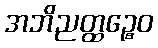
အဘိညတ္ထဉ္စေဝ